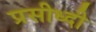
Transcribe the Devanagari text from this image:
प्रसीध्दी